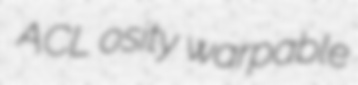
ACL osity warpable